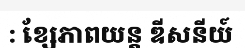
: ខ្សែភាពយន្ត ឌីសនីយ៍